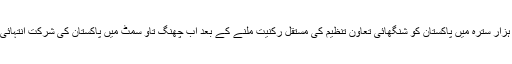
گزشتہ برس جون دو ہزار سترہ میں پاکستان کو شنگھائی تعاون تنظیم کی مستقل رکنیت ملنے کے بعد اب چھنگ تاو سمٹ میں پاکستان کی شرکت انتہائی اہمیت کی حامل ہے۔